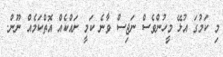
މި ކަމުގަ އުޅޭ މީހުންވެސް ނަޖިސް ވާނެ ކަމީ ށައްކެއް އޮތްކަމެއް ނޫން.